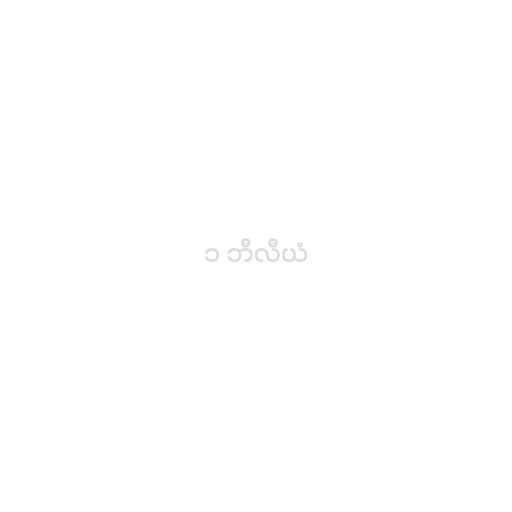
၁ ဘီလီယံ